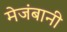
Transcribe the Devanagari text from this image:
मेजंबानी